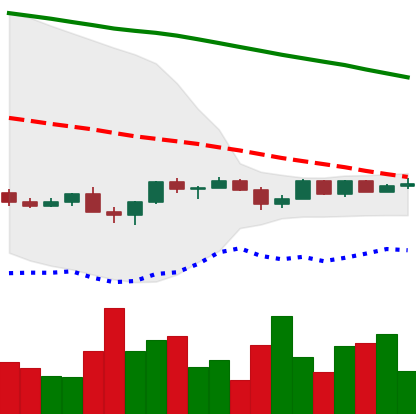
Ticker: NEO-USD
Chart end date: 2022-12-05
Forward return: 3.404%
Label: up_3_5